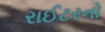
રાઈટરનો